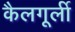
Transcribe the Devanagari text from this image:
कैलगूर्ली